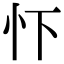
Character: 𢗄